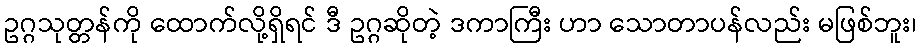
ဥဂ္ဂသုတ္တန်ကို ထောက်လို့ရှိရင် ဒီ ဥဂ္ဂဆိုတဲ့ ဒကာကြီး ဟာ သောတာပန်လည်း မဖြစ်ဘူး၊